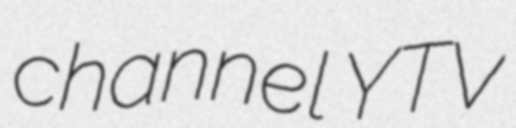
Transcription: channel YTV